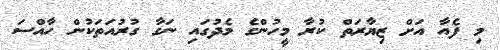
މި ފެއާ އަށް ޒިޔާރަތް ކުރާ މީހުންގެ މެދުގައި ނަގާ ގުރުއަތަކުން ހާއްސަ